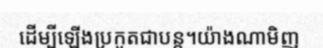
ដើម្បីឡើងប្រកួតជាបន្ត។យ៉ាងណាមិញ